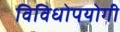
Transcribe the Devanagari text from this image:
विविधोपयोगी